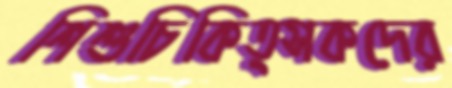
শিশুচিকিত্সকদের